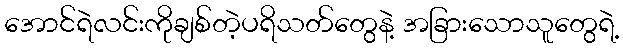
အောင်ရဲလင်းကိုချစ်တဲ့ပရိသတ်တွေနဲ့ အခြားသောသူတွေရဲ့